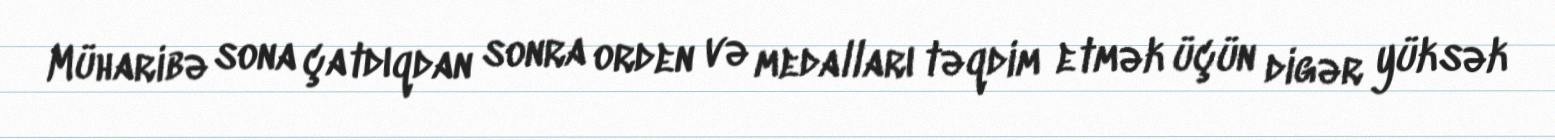
Müharibə sona çatdıqdan sonra orden və medalları təqdim etmək üçün digər yüksək